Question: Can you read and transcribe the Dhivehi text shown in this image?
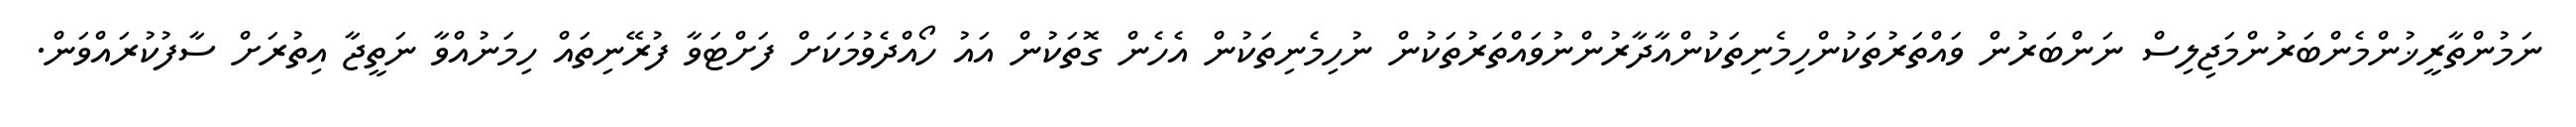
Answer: ނަމުންތާރީޚުންމެންބަރުންމަޖިލިސް ނަންބަރުން ވައްތަރުތަކުންހިމެނިތަކުންއާދާރުންނުވައްތަރުތަކުން ނުހިމެނިތަކުން އެހެން ގޮތަކުން އައު ހޯއްދެވުމަކަށް ފަށްޓަވާ ފުރޭނިތައް ހިމަނުއްވާ ނަތީޖާ އިތުރަށް ސާފުކުރައްވަން.